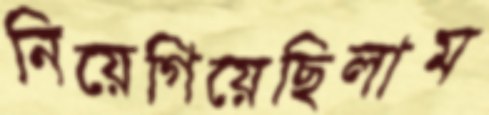
নিয়েগিয়েছিলাম